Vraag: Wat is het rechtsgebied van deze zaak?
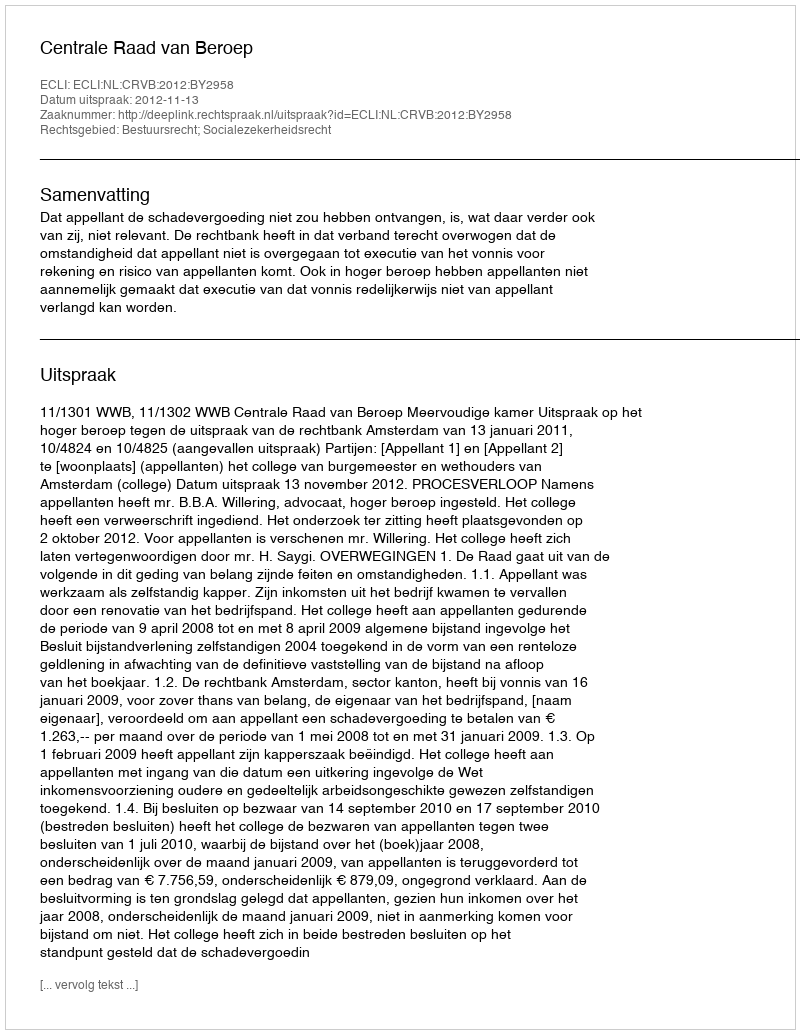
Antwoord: Bestuursrecht; Socialezekerheidsrecht